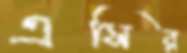
এসির